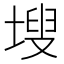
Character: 𭎾